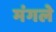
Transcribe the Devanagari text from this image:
मंगले